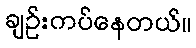
ချဉ်းကပ်နေတယ်။